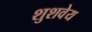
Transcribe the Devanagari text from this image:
शुशवेय